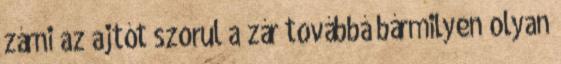
zárni az ajtót szorul a zár továbbá bármilyen olyan